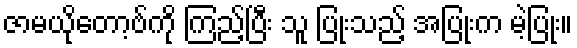
ဇာမယိုတော့ဗ်ကို ကြည့်ပြီး သူ ပြုံးသည့် အပြုံးက မဲ့ပြုံး။